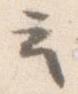
云